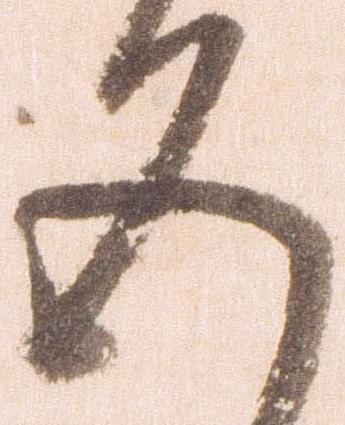
五